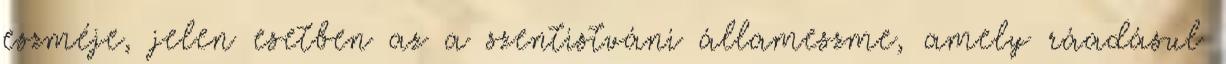
eszméje, jelen esetben az a szentistváni állameszme, amely ráadásul